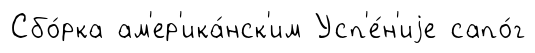
Сбо́рка ам'ер'ика́нск'им Усп'е́н'иjе сапо́г